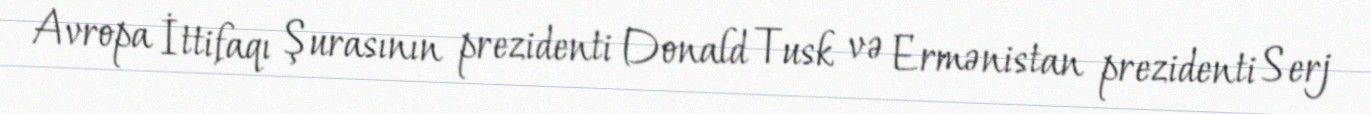
Avropa İttifaqı Şurasının prezidenti Donald Tusk və Ermənistan prezidenti Serj